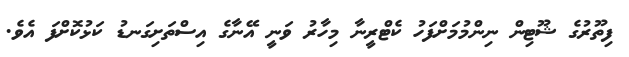
ފިތޫރުގެ ޝޫޓިން ނިންމުމަށްފަހު ކެޓްރީނާ މިހާރު ވަނީ އޭނާގެ އިސްތަށިގަނޑު ކަޅުކޮށްފަ އެވެ.